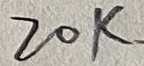
Text: 20K